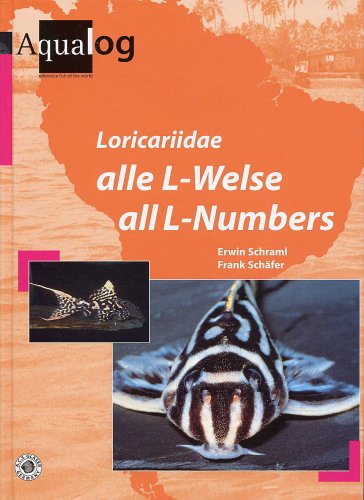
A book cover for Aqualog: Loricariidae All L-Numbers, New 2nd. Edition; Erwin Schraml; Crafts, Hobbies & Home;